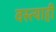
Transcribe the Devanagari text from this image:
वस्त्याही